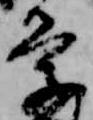
学